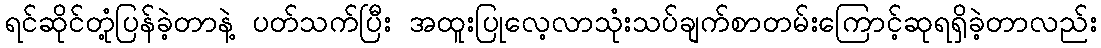
ရင်ဆိုင်တုံ့ပြန်ခဲ့တာနဲ့ ပတ်သက်ပြီး အထူးပြုလေ့လာသုံးသပ်ချက်စာတမ်းကြောင့်ဆုရရှိခဲ့တာလည်း